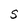
Character: S